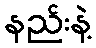
နည်းနဲ့